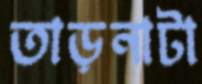
তাড়নাটা